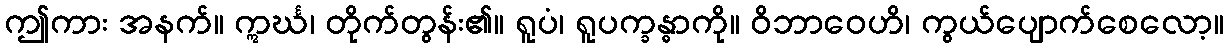
ဤကား အနက်။ ဣင်္ဃ၊ တိုက်တွန်း၏။ ရူပံ၊ ရူပက္ခန္ဓာကို။ ဝိဘာဝေဟိ၊ ကွယ်ပျောက်စေလော့။